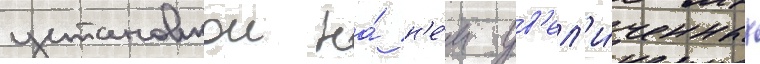
установкои на́ н'е́м ув'ел'и́ченных